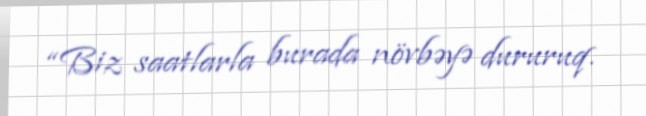
“Biz saatlarla burada növbəyə dururuq.